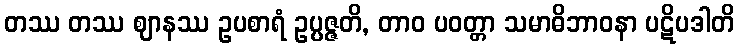
တဿ တဿ ဈာနဿ ဥပစာရံ ဥပ္ပဇ္ဇတိ, တာဝ ပဝတ္တာ သမာဓိဘာဝနာ ပဋိပဒါတိ